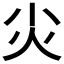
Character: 𡭞